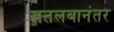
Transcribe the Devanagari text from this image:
खतलबानंतर